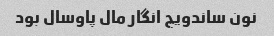
نون ساندویچ انگار مال پاوسال بود